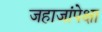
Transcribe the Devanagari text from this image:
जहाजांपेक्षा